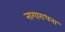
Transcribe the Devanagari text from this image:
नागाराधना